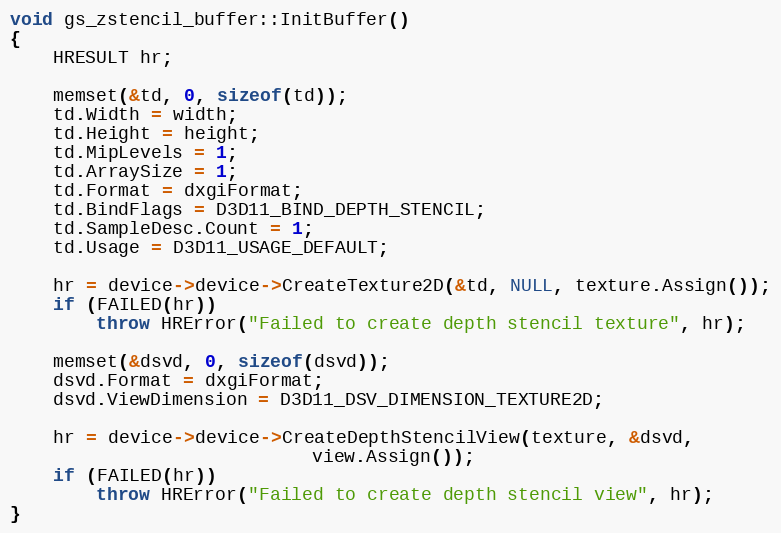
Language: C++
void gs_zstencil_buffer::InitBuffer()
{
	HRESULT hr;

	memset(&td, 0, sizeof(td));
	td.Width = width;
	td.Height = height;
	td.MipLevels = 1;
	td.ArraySize = 1;
	td.Format = dxgiFormat;
	td.BindFlags = D3D11_BIND_DEPTH_STENCIL;
	td.SampleDesc.Count = 1;
	td.Usage = D3D11_USAGE_DEFAULT;

	hr = device->device->CreateTexture2D(&td, NULL, texture.Assign());
	if (FAILED(hr))
		throw HRError("Failed to create depth stencil texture", hr);

	memset(&dsvd, 0, sizeof(dsvd));
	dsvd.Format = dxgiFormat;
	dsvd.ViewDimension = D3D11_DSV_DIMENSION_TEXTURE2D;

	hr = device->device->CreateDepthStencilView(texture, &dsvd,
						    view.Assign());
	if (FAILED(hr))
		throw HRError("Failed to create depth stencil view", hr);
}